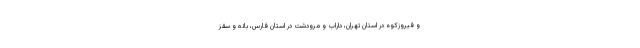
و فیروزکوه در استان تهران، داراب و مرودشت در استان فارس، بانه و سقز